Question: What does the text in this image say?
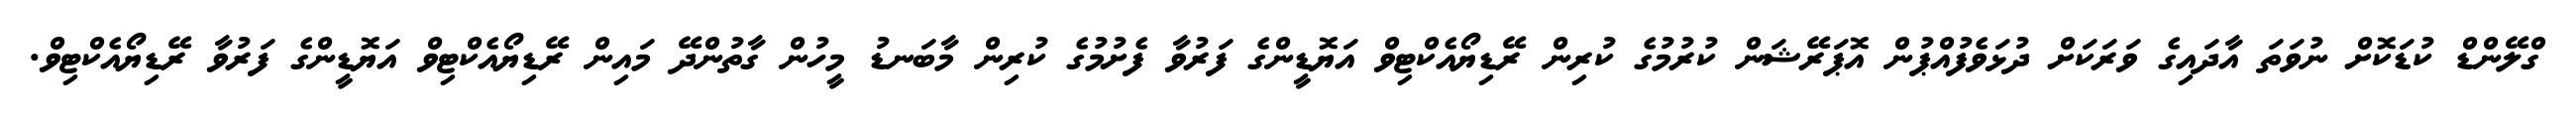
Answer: ގްލޭންޑް ކުޑަކޮށް ނުވަތަ އާދައިގެ ވަރަކަށް ދުޅަވެފުއްޕުން އޮޕަރޭޝަން ކުރުމުގެ ކުރިން ރޭޑިޔޯއެކްޓިވް އަޔޮޑީންގެ ފަރުވާ ފެށުމުގެ ކުރިން މާބަނޑު މީހުން ގާތުންދޭ މައިން ރޭޑިޔޯއެކްޓިވް އަޔޮޑީންގެ ފަރުވާ ރޭޑިޔޯއެކްޓިވް.